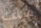
سيث